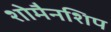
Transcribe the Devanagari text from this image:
शोमैनशिप